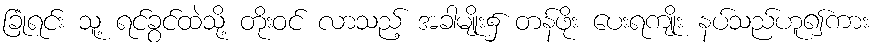
ခြုံရင်း သူ့ ရင်ခွင်ထဲသို့ တိုးဝင် လာသည့် အခါမျိုး၌ တန်ဖိုး ပေးရကျိုး နပ်သည်ဟူ၍ကား